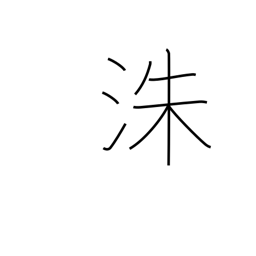
Meaning: name of a Chinese river